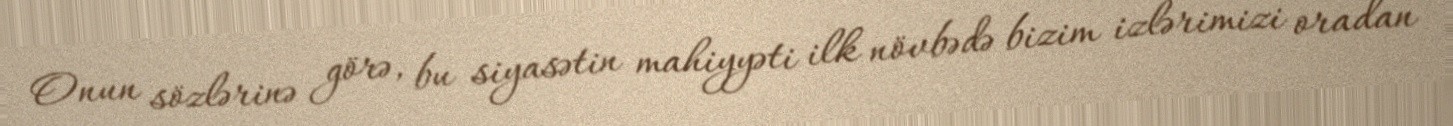
Onun sözlərinə görə, bu siyasətin mahiyyəti ilk növbədə bizim izlərimizi oradan